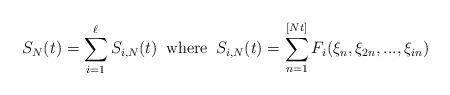
LaTeX: \begin{align*} S_N(t)=\sum_{i=1}^\ell S_{i,N}(t)\,\,\,\mbox{where}\,\,\, S_{i,N}(t)= \sum_{n=1}^{[Nt]}F_i(\xi_n,\xi_{2n},...,\xi_{in}) \end{align*}